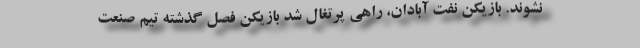
نشوند. بازیکن نفت آبادان، راهی پرتغال شد بازیکن فصل گذشته تیم صنعت